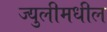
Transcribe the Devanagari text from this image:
ज्युलीमधील